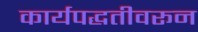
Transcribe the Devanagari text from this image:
कार्यपद्धतीवरून